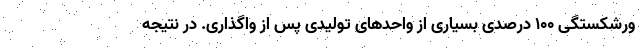
ورشکستگی ۱۰۰ درصدی بسیاری از واحدهای تولیدی پس از واگذاری. در نتیجه